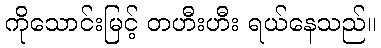
ကိုသောင်းမြင့် တဟီးဟီး ရယ်နေသည်။